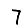
Digit: 7